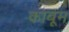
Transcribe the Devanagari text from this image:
काबूम